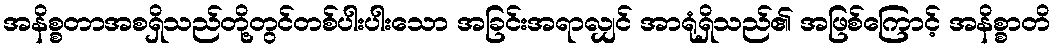
အနိစ္စတာအစရှိသည်တို့တွင်တစ်ပါးပါးသော အခြင်းအရာလျှင် အာရုံရှိသည်၏ အဖြစ်ကြောင့် အနိစ္စာတိ